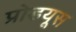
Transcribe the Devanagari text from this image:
प्रोडयूस